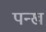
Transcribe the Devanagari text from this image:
पन्ख